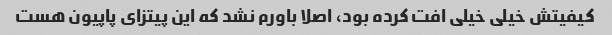
کیفیتش خیلی خیلی افت کرده بود، اصلا باورم نشد که این پیتزای پاپیون هست